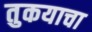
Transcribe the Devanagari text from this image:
तुकयाचा